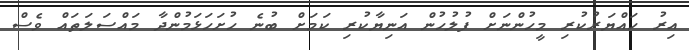
އިރު ހައްޔަރުކުރި މީހުންނަށް ފުލުހުން އަނިޔާކުރި ކަމަށް ބުނެ ހުށަހަޅަމުންދާ މައްސަލަތައް ވެސް